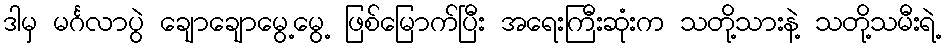
ဒါမှ မင်္ဂလာပွဲ ချောချောမွေ့မွေ့ ဖြစ်မြောက်ပြီး အရေးကြီးဆုံးက သတို့သားနဲ့ သတို့သမီးရဲ့